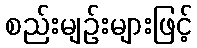
စည်းမျဉ်းများဖြင့်